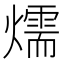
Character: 燸